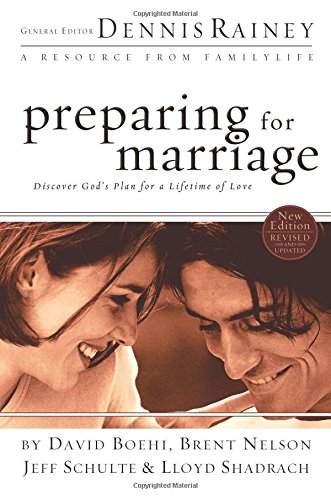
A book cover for Preparing for Marriage; Parenting & Relationships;